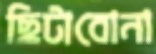
ছিটাবোনা